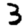
Digit: 3